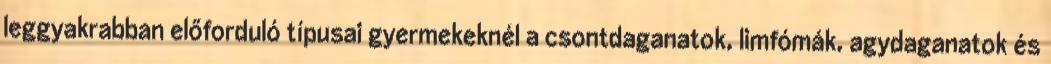
leggyakrabban előforduló típusai gyermekeknél a csontdaganatok, limfómák, agydaganatok és